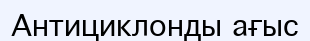
Антициклонды ағыс